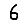
Digit: 6